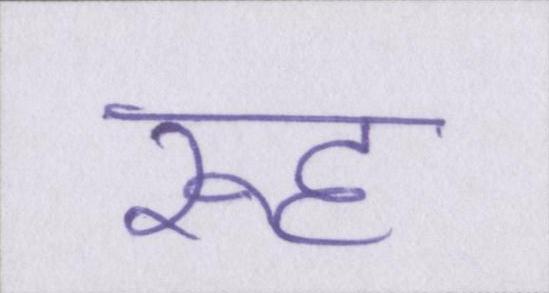
रूह